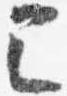
已